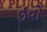
ઈવો